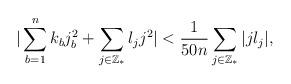
LaTeX: \begin{align*}|\sum_{b=1}^nk_bj_b^2+\sum_{j\in\mathbb{Z}_*}l_jj^2|<\frac{1}{50n}\sum_{j\in\mathbb{Z}_*}|jl_j|,\end{align*}